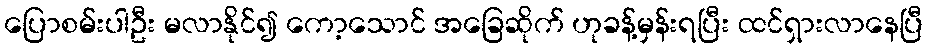
ပြောစမ်းပါဦး မလာနိုင်၍ ကော့သောင် အခြေဆိုက် ဟုခန့်မှန်းရပြီး ထင်ရှားလာနေပြီ